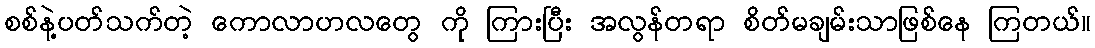
စစ်နဲ့ပတ်သက်တဲ့ ကောလာဟလတွေ ကို ကြားပြီး အလွန်တရာ စိတ်မချမ်းသာဖြစ်နေ ကြတယ်။